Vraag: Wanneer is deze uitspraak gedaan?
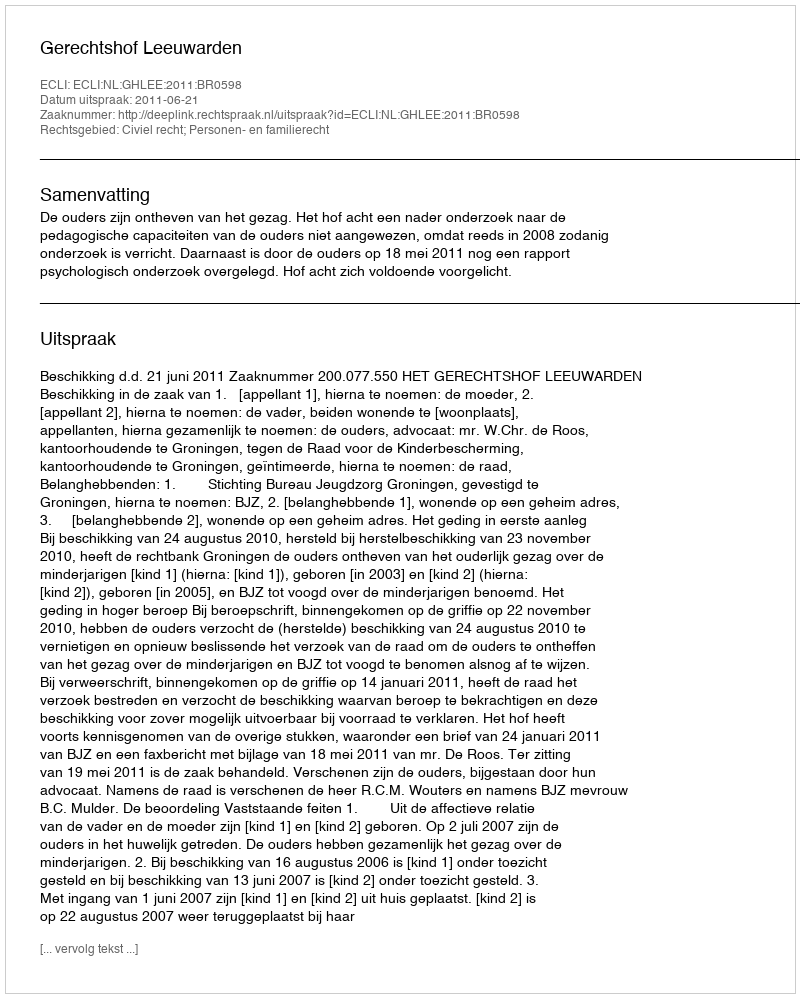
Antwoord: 2011-06-21